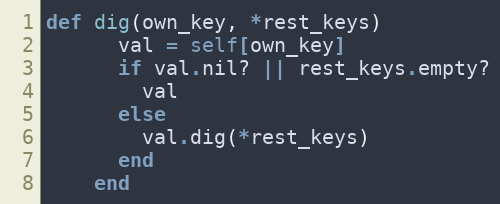
Language: Ruby
def dig(own_key, *rest_keys)
      val = self[own_key]
      if val.nil? || rest_keys.empty?
        val
      else
        val.dig(*rest_keys)
      end
    end